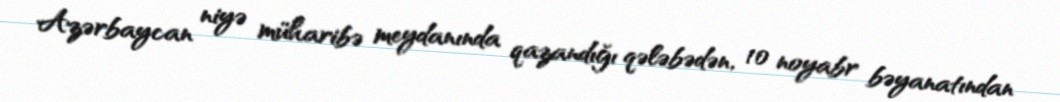
Azərbaycan niyə müharibə meydanında qazandığı qələbədən, 10 noyabr bəyanatından